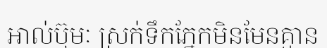
អាល់ប៊ុមៈ ស្រក់ទឹកភ្នែកមិនមែនគ្មាន